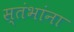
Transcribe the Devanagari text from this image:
स्तंभांना